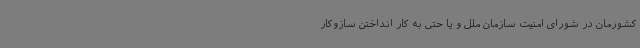
کشورمان در شورای امنیت سازمان ملل و یا حتی به کار انداختن سازوکار